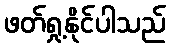
ဖတ်ရှု့နိုင်ပါသည်